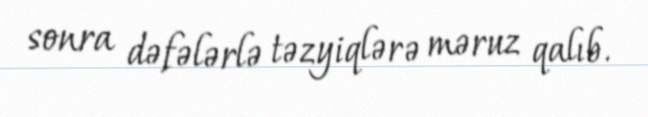
sonra dəfələrlə təzyiqlərə məruz qalıb.